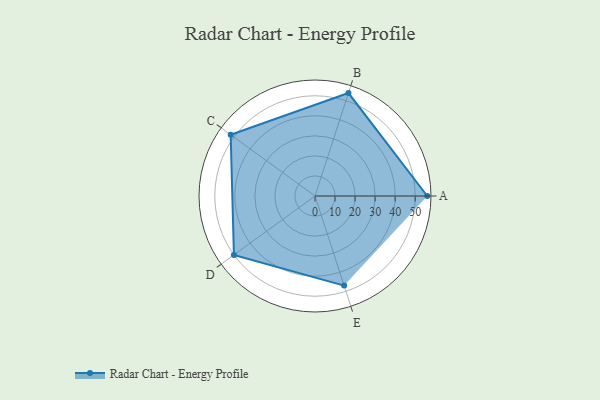
{"axis": {"x": "Skill", "y": "Score"}, "legend": ["Profile"], "data": [{"x": "A", "y": 56.0, "type": "Profile"}, {"x": "B", "y": 54.0, "type": "Profile"}, {"x": "C", "y": 52.0, "type": "Profile"}, {"x": "D", "y": 50.0, "type": "Profile"}, {"x": "E", "y": 47.0, "type": "Profile"}]}